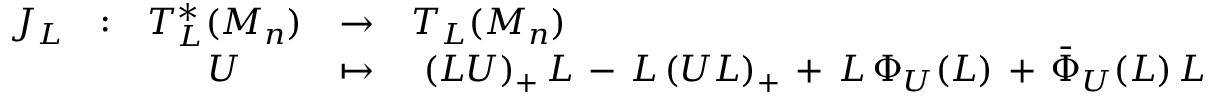
\begin{array} { l l c c l } { { J _ { L } } } & { { : } } & { { T _ { L } ^ { * } ( { \cal M } _ { n } ) } } & { { \rightarrow } } & { { T _ { L } ( { \cal M } _ { n } ) } } \\ { { } } & { { } } & { { U } } & { { \mapsto } } & { { \ ( L U ) _ { + } \, L \, - \, L \, ( U L ) _ { + } \, + \, L \, \Phi _ { U } ( L ) \, + \, \bar { \Phi } _ { U } ( L ) \, L } } \end{array}